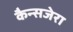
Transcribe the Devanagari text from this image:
कैन्सजेरा